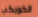
الكويكب